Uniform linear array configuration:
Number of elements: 48
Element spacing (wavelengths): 0.5
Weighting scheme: exponential
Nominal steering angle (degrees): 15
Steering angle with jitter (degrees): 13.171
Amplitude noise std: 0.05
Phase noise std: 0.05

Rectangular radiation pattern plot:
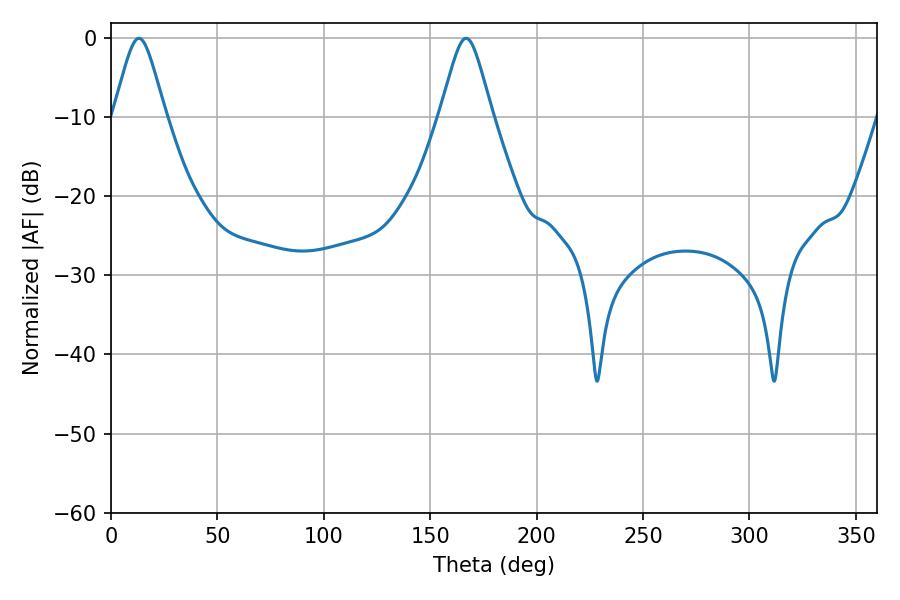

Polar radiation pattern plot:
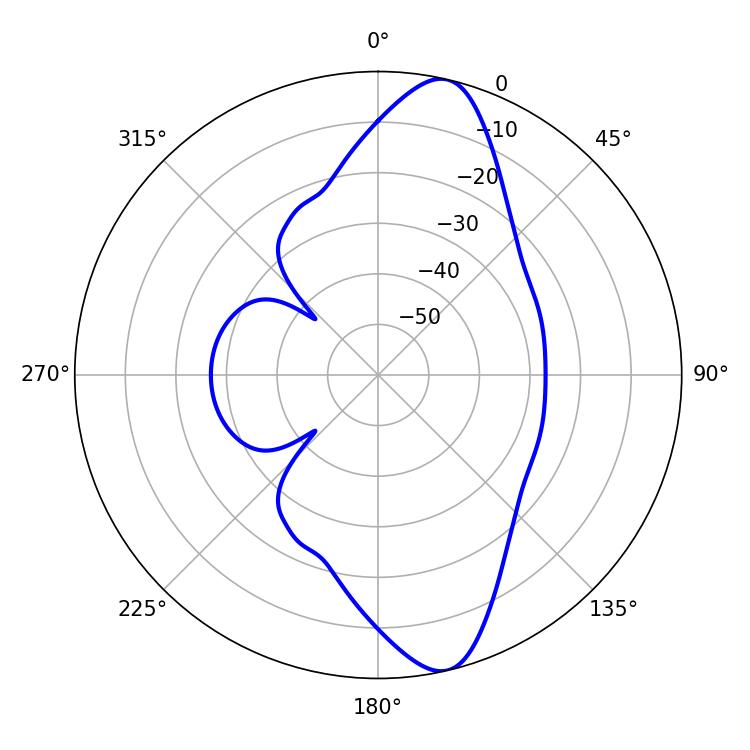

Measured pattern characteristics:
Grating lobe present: FALSE
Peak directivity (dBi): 12.388
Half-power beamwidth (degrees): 11.88
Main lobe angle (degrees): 13.14